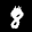
Label: 8